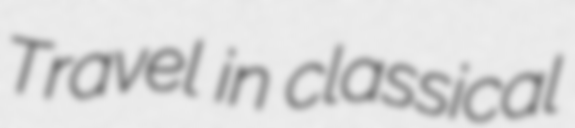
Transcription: Travel in classical